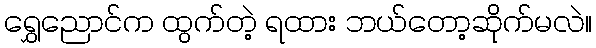
ရွှေညောင်က ထွက်တဲ့ ရထား ဘယ်တော့ဆိုက်မလဲ။